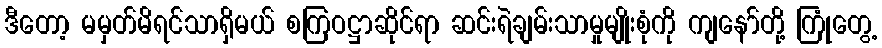
ဒီတော့ မမှတ်မိရင်သာရှိမယ် စကြဝဋ္ဌာဆိုင်ရာ ဆင်းရဲချမ်းသာမှုမျိုးစုံကို ကျနော်တို့ ကြုံတွေ့